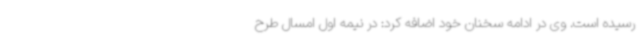
رسیده است. وی در ادامه سخنان خود اضافه کرد: در نیمه اول امسال طرح